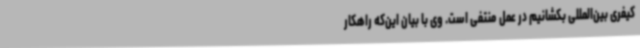
کیفری بین‌المللی بکشانیم در عمل منتفی است. وی با بیان این‌که راهکار